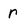
Character: r